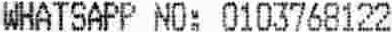
WHATSAPP NO: 0103768122